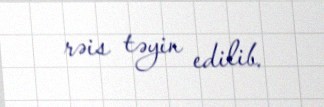
rəis təyin edilib.